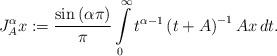
LaTeX: \begin{align*} J^{\alpha}_A x := \frac{\sin\left( \alpha \pi \right)}{\pi} \int\limits_{0}^{\infty} t^{\alpha - 1} \left( t + A \right)^{-1} Ax \, dt. \end{align*}